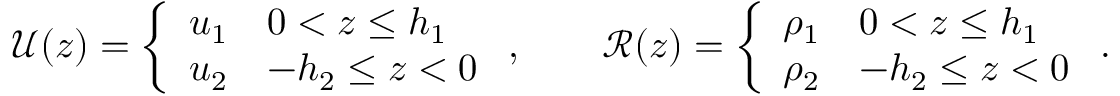
\begin{array} { r } { \mathcal { U } ( z ) = \left\{ \begin{array} { l l } { u _ { 1 } } & { 0 < z \le h _ { 1 } } \\ { u _ { 2 } } & { - h _ { 2 } \le z < 0 } \end{array} \right. , \qquad \mathcal { R } ( z ) = \left\{ \begin{array} { l l } { \rho _ { 1 } } & { 0 < z \le h _ { 1 } } \\ { \rho _ { 2 } } & { - h _ { 2 } \le z < 0 } \end{array} \right. . } \end{array}